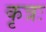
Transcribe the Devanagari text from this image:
कृत्रः